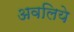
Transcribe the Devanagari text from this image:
अवलिये